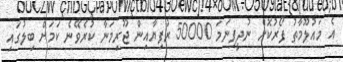
އެ މައުލޫމާތު ފޯރުކޮށް ނުދީފިނަމަ 50000 ރުފިޔާއިން ޖޫރިމަނާ ކުރެވޭނެ ކަމަށް ބިލުގައި